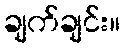
ချက်ချင်း။